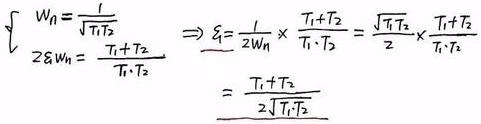
\[
\begin{cases}
W_n=\frac{1}{\sqrt{T_1T_2}} \\
2\xi W_n = \frac{T_1 + T_2}{T_1\cdot T_2}
\end{cases}
\Rightarrow \xi = \frac{1}{2W_n} \times \frac{T_1 + T_2}{T_1\cdot T_2} = \frac{\sqrt{T_1T_2}}{2} \times \frac{T_1 + T_2}{T_1\cdot T_2} = \frac{T_1 + T_2}{2\sqrt{T_1\cdot T_2}}
\]